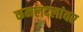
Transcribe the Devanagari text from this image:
कमलदलांवर